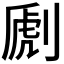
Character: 𠞄